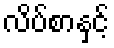
လိပ်စာနှင့်